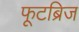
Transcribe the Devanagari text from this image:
फूटब्रिज